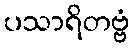
ပသာရိတဗ္ဗံ